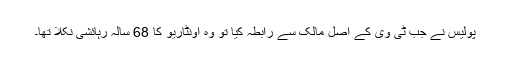
پولیس نے جب ٹی وی کے اصل مالک سے رابطہ کیا تو وہ اونٹاریو کا 68 سالہ رہائشی نکلا تھا۔